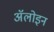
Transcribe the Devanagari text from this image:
ॲलोइन